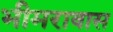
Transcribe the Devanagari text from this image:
भीमरावास